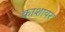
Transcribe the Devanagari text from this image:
काशायर